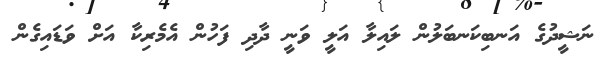
ނަޝީދުގެ އަނބިކަނބަލުން ލައިލާ އަލީ ވަނީ ދާދި ފަހުން އެމެރިކާ އަށް ވަޑައިގެން